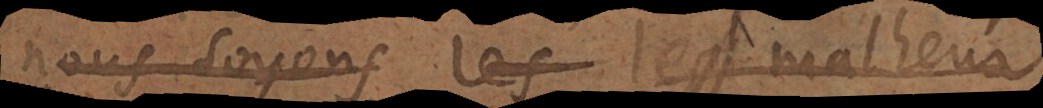
nous soyons les le malheur